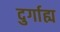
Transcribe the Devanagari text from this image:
दुर्गाह्य